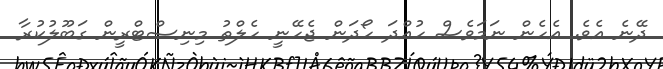
ދޭނެ އެވެ. އެހެން ނަމަވެސް ހުއްދަ ހޯދަން ޖެހޭނީ ހެލްތު މިނިސްޓްރީން ގަބޫލުކުރާ